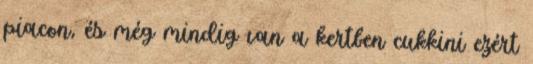
piacon, és még mindig van a kertben cukkini ezért